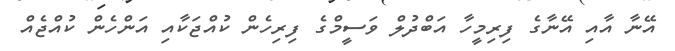
އޭނާ އާއި އޭނާގެ ފިރިމީހާ އަބްދުލް ވަސީމްގެ ފިރިހެން ކުއްޖަކާއި އަންހެން ކުއްޖެއް